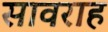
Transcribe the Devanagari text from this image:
सावराह